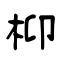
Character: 枊